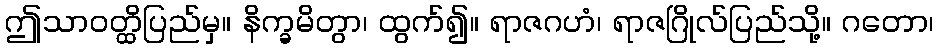
ဤသာဝတ္ထိပြည်မှ။ နိက္ခမိတွာ၊ ထွက်၍။ ရာဇဂဟံ၊ ရာဇဂြိုလ်ပြည်သို့။ ဂတော၊